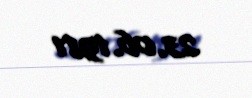
23.06.1981